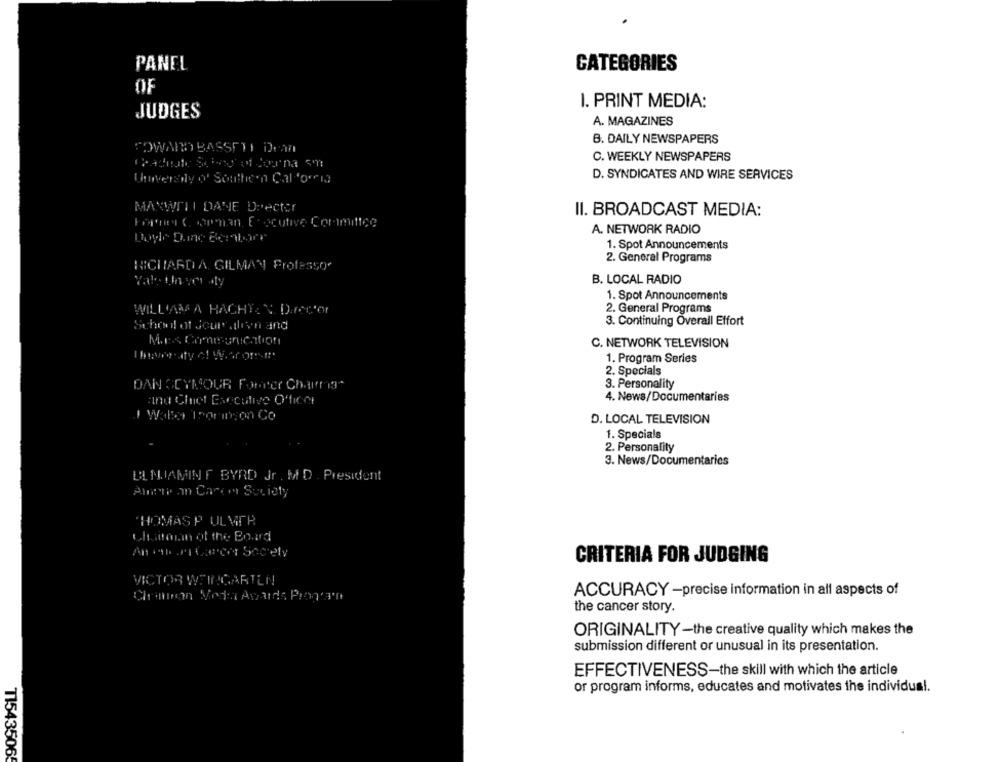
PANEL
CATEGORIES
OF
I. PRINT MEDIA:
JUDGES
A. MAGAZINES
B. DAILY NEWSPAPERS
TOWARD BASSETI Dran
C. WEEKLY NEWSPAPERS
D. SYNDICATES AND WIRE SERVICES
University of Southern California
MAXWELL DANE Drector
II. BROADCAST MEDIA:
For Caphan, Eocutive Committee
A. NETWORK RADIO
Doyle Dane Beboer
1. Spot Announcements
2. General Programs
RICHARDA GILMAN Professor
B. LOCAL RADIO
1. Spot Announcements
WILLIAM A HACHT: V. D.recor
2. General Programs
School of Jour alien and
3. Continuing Overall Effort
C. NETWORK TELEVISION
1. Program Series
2. Specials
DAN SEYMOUR Fomeer Chauma"
3. Personality
4. News/Documentaries
and Chief Executive Officer
Walle Troringon Co
D. LOCAL TELEVISION
1. Specials
2. Personality
3. News/Documentaries
ELNUAMINE BYRD Jr . M D . President
Amime an Carem Society
THOMAS P ULVER
Chaitann of the Board
CRITERIA FOR JUDGING
VICTOR WEINGARTEN
ACCURACY -precise information in all aspects of
Chaman Vega Avaids Program
the cancer story.
ORIGINALITY -the creative quality which makes the
submission different or unusual in its presentation.
EFFECTIVENESS-the skill with which the article
or program informs, educates and motivates the individual.
T1543506